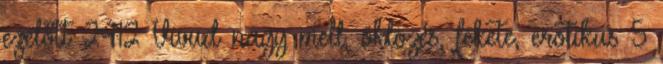
ezelőtt 24:12 Vivud nagy mell, öklözés, fekete, erotikus 5